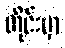
တိုင်းမှာ